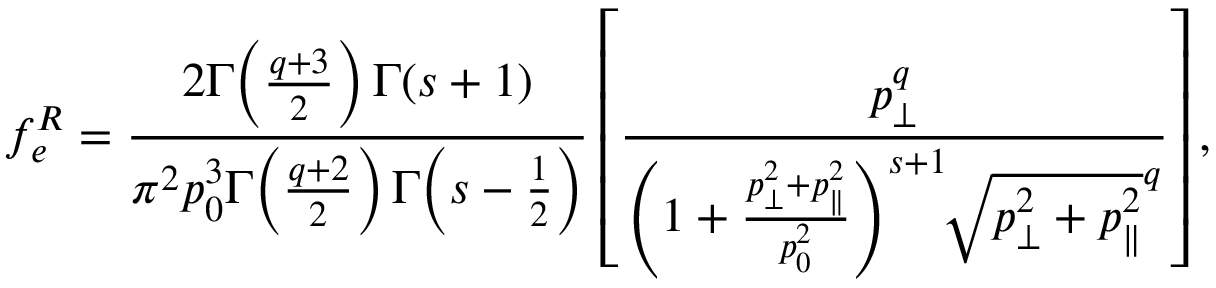
f _ { e } ^ { R } = \frac { 2 \Gamma \! \left( \frac { q + 3 } { 2 } \right) \Gamma \! \left( s + 1 \right) } { \pi ^ { 2 } p _ { 0 } ^ { 3 } \Gamma \! \left( \frac { q + 2 } { 2 } \right) \Gamma \! \left( s - \frac { 1 } { 2 } \right) } \left[ \frac { p _ { \perp } ^ { q } } { \left( 1 + \frac { p _ { \perp } ^ { 2 } + p _ { \parallel } ^ { 2 } } { p _ { 0 } ^ { 2 } } \right) ^ { s + 1 } \! \! \sqrt { p _ { \perp } ^ { 2 } + p _ { \parallel } ^ { 2 } } ^ { q } } \right] ,